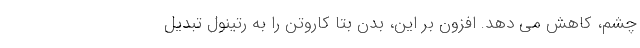
چشم، کاهش می دهد. افزون بر این، بدن بتا کاروتن را به رتینول تبدیل